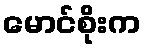
မောင်စိုးက